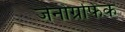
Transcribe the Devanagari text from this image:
जेनोग्रफिक